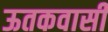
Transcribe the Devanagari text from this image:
ऊतकवासी